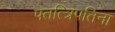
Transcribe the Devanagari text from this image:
पतत्त्रिपतिना